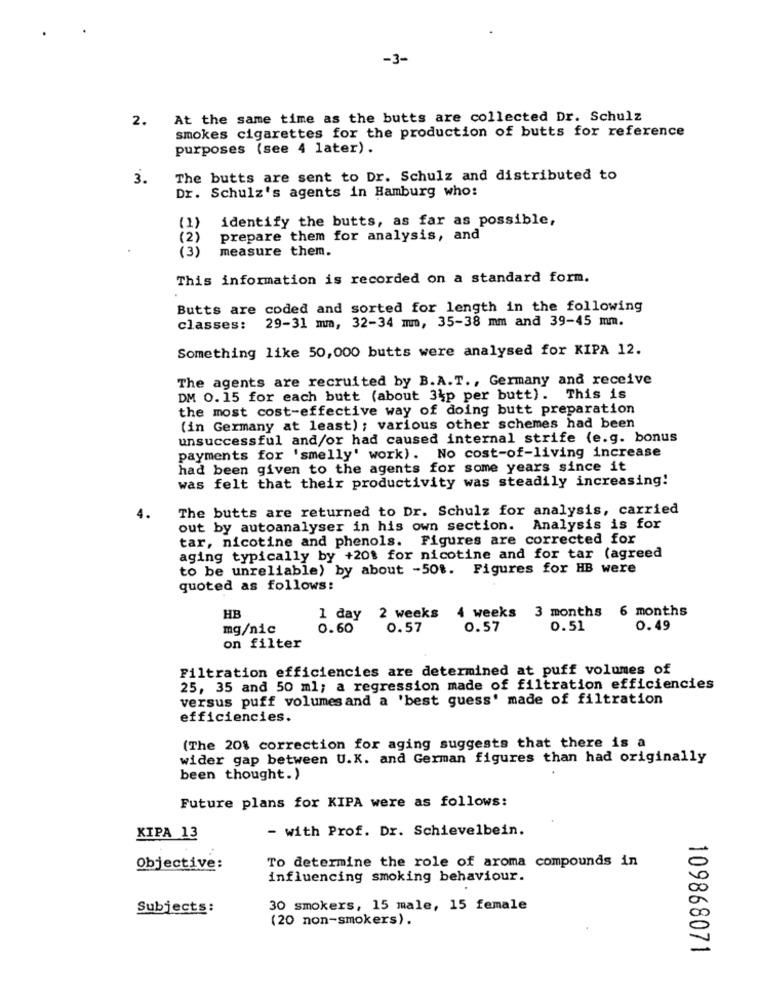
-3-
2.
At the same time as the butts are collected Dr. Schulz
smokes cigarettes for the production of butts for reference
purposes (see 4 later).
3.
The butts are sent to Dr. Schulz and distributed to
Dr. Schulz's agents in Hamburg who:
identify the butts, as far as possible,
(1)
(2)
prepare them for analysis, and
(3)
measure them.
This information is recorded on a standard form.
Butts are coded and sorted for length in the following
29-31 mm, 32-34 mm, 35-38 mm and 39-45 mm.
classes:
Something like 50,000 butts were analysed for KIPA 12.
The agents are recruited by B.A.T ., Germany and receive
DM 0.15 for each butt (about 3kp per butt). This is
the most cost-effective way of doing butt preparation
(in Germany at least) ; various other schemes had been
unsuccessful and/or had caused internal strife (e.g. bonus
payments for 'smelly' work). No cost-of-living increase
had been given to the agents for some years since it
was felt that their productivity was steadily increasing!
The butts are returned to Dr. Schulz for analysis, carried
4.
out by autoanalyser in his own section. Analysis is for
tar, nicotine and phenols. Figures are corrected for
aging typically by +20% for nicotine and for tar (agreed
to be unreliable) by about -50%. Figures for HB were
quoted as follows:
4 weeks 3 months 6 months
HB
1 day 2 weeks
mg/nic
0.60
0.57
0.57
0.51
0.49
on filter
Filtration efficiencies are determined at puff volumes of
25, 35 and 50 ml; a regression made of filtration efficiencies
versus puff volumesand a 'best guess' made of filtration
efficiencies.
(The 20% correction for aging suggests that there is a
wider gap between U.K. and German figures than had originally
been thought.)
Future plans for KIPA were as follows:
- with Prof. Dr. Schievelbein.
KIPA 13
Objective:
To determine the role of aroma compounds in
influencing smoking behaviour.
Subjects:
30 smokers, 15 male, 15 female
(20 non-smokers).
109868071